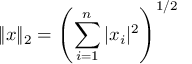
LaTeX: \| x \| _ { 2 } = \left( \sum _ { i = 1 } ^ { n } | x _ { i } | ^ { 2 } \right) ^ { 1 / 2 }